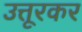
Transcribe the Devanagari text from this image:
उत्तूरकर